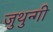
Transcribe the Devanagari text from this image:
जुथुन्गी